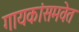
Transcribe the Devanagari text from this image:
गायकांसमवेत